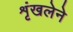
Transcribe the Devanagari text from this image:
शृंखलेने